Report on the administration of the Government Cinchona Department 1892-98
Year: 1892
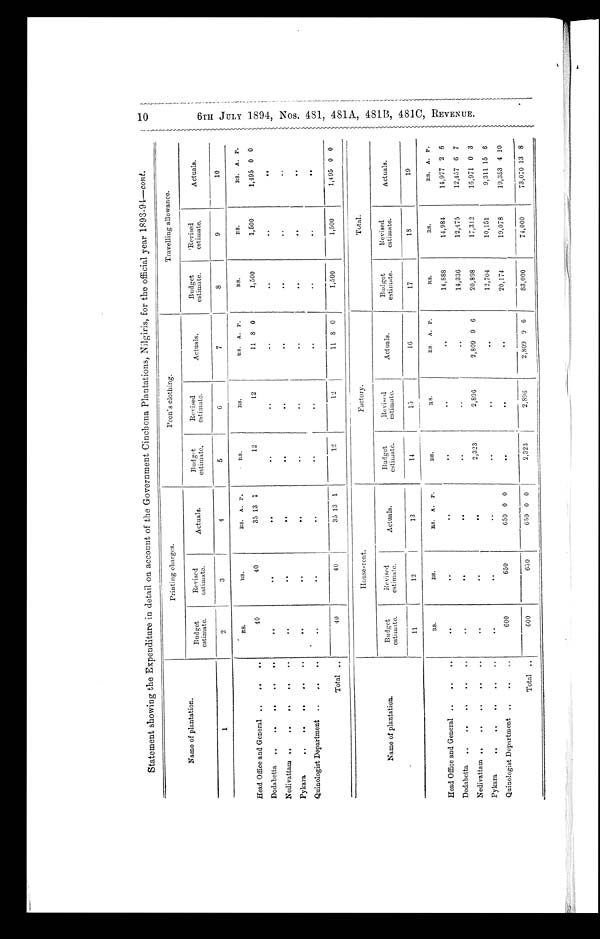
10 6TH JULY 1894, Nos. 481, 481A, 481B, 481C, REVENUE.
Statement showin g the Expenditure in detail on account of the Government Cinchona Plantations, Nilgiris, for the official year 1893-94— cont.
Name of plantation.
Printing charges.
Peon's clothing.
Travelling allowance.
Budget
estimate.
Revised
estimate.
Actuals.
B u d g e t
estimate.
Revised
estimate.
Actuals.
Budget
estimate.
Revised
estimate.
Actuals.
1
2
3
4
5
6
7
8
9
10
RS.
RS.
RS. A. P.
RS.
RS.
RS. A. P.
RS.
RS.
RS. A. P.
Head Office and General ..
..
..
40
40
35 13 1
12
12
11 8 0
1,500
1,500
1,495 0 0
Dodabetta
..
..
. .
. .
..
. .
. .
..
..
.
.
. .
. .
..
..
Nedivattam ..
..
..
. .
..
..
..
..
..
..
..
. .
..
..
P y kara
..
..
..
. .
..
..
.
.
..
..
Quinologist Department
..
,.
..
..
. .
. .
..
..
..
..
..
..
Total . .
40
40
35 13 1
12
12
11 8 0
1,500
1,500
1,495 0 0
Name of plantation.
House-rent.
Factory.
Total.
Budget
estimate.
Revised
estimate.
Actuals.
Budget
estimate.
Revised
estimate.
Actuals.
Budget
estimate.
Revised
estimate.
Actuals.
11
12
13
14
13
16
17
18
19
RS.
RS.
RS.
A.
P.
RS.
RS.
RS.
A. P.
RS.
RS.
RS. A. P.
Head Office and General ..
. .
..
..
..
..
..
..
..
14,888
14,984
14,977 2 6
Dodabetta
..
..
..
..
..
..
..
. .
.
.
..
14,336
12,475
12,457 6 7
Nedivattam ..
..
..
. .
.
..
..
. .
2,323
2,806
2,809 9 6
20,898
17,312
16,971 0 3
Pykara
..
. .
..
..
..
..
12,704
10,151
9,311 15 6
Quinologist Department ..
..
. .
6OO
650
650 0 0
. .
..
..
20,174
19,078
19,353 4 10
Total ..
600
650
650 0 0
2,323
2,896
2,809 9 6
83,000
74,000
73,070 13 8